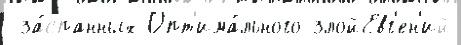
 за́спанных Опт'има́льного злойЕвг'ен'ий